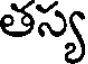
తస్య